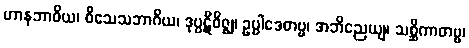
ဟာနဘာဝိယ၊ ဝိသေသဘာဂိယ၊ ဒုပ္ပဋိဝိဇ္ဈ၊ ဥပ္ပါဒေတဗ္ဗ၊ အဘိညေယျ၊ သစ္ဆိကာတဗ္ဗ၊